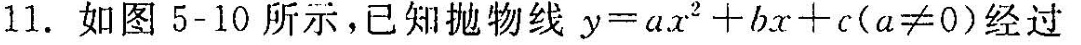
11. 如图5-10所示，已知抛物线$$y = a x ^ { 2 } + b x + c